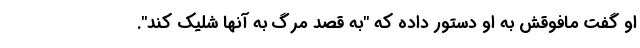
او گفت مافوقش به او دستور داده که "به قصد مرگ به آنها شلیک کند".